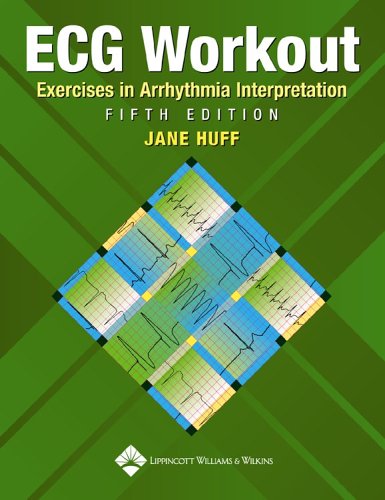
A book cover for ECG Workout: Exercises in Arrhythmia Interpretation (Huff, ECG Workout); Jane Huff RN  CCRN; Medical Books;